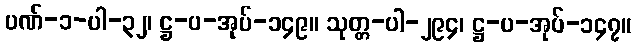
ပဏ်-၁-ပါ-၃၂၊ ဋ္ဌ-ပ-အုပ်-၁၄၉။ သုတ္တ-ပါ-၂၉၄၊ ဋ္ဌ-ပ-အုပ်-၁၄၇။